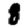
Digit: 8